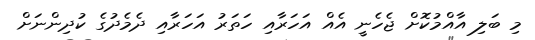
މި ބަލި އާއްމުކޮށް ޖެހެނީ އެއް އަހަރާއި ހަތަރު އަހަރާއި ދެމެދުގެ ކުދިންނަށް